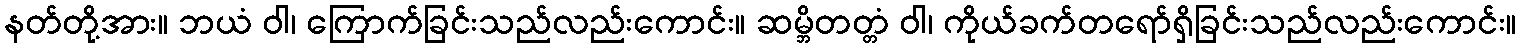
နတ်တို့အား။ ဘယံ ဝါ၊ ကြောက်ခြင်းသည်လည်းကောင်း။ ဆမ္ဘိတတ္တံ ဝါ၊ ကိုယ်ခက်တရော်ရှိခြင်းသည်လည်းကောင်း။